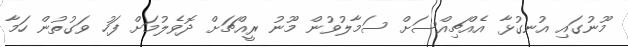
މޫނުގައި އުނގުޅާ އެއްޗިއްސަށް ސަމާލުވުން މޫނު ރީއްޗަށް ދޮވެލުމަށް ފަހު ވަގުތުން ހަމާ